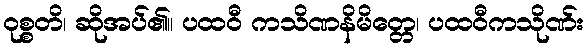
ဝုစ္စတိ၊ ဆိုအပ်၏။ ပထဝီ ကသိဏနိမိတ္တေ၊ ပထဝီကသိုဏ်း